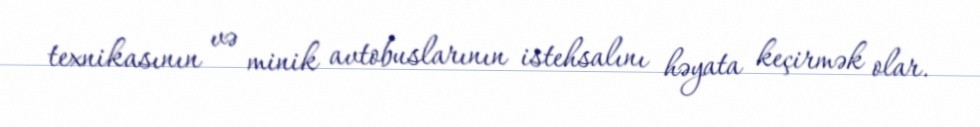
texnikasının və minik avtobuslarının istehsalını həyata keçirmək olar.